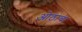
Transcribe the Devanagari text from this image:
ओठाचा